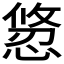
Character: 𭞂